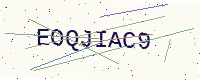
Text: EOQJIAC9